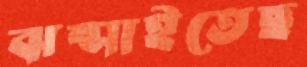
ঝল্‌সাইতেছ